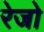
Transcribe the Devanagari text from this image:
रेजो